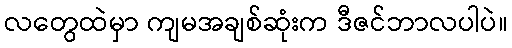
လတွေထဲမှာ ကျမအချစ်ဆုံးက ဒီဇင်ဘာလပါပဲ။